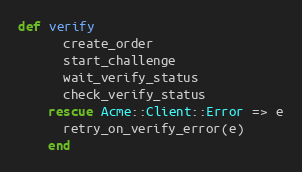
Language: Ruby
def verify
      create_order
      start_challenge
      wait_verify_status
      check_verify_status
    rescue Acme::Client::Error => e
      retry_on_verify_error(e)
    end